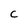
Character: C